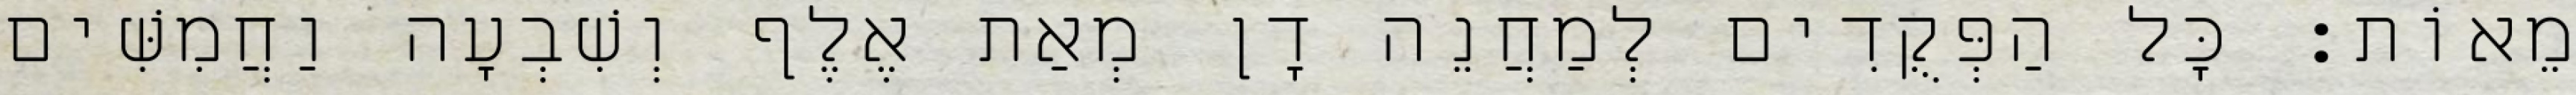
מֵאוֹת׃ כָּל הַפְּקֻדִים לְמַחֲנֵה דָן מְאַת אֶלֶף וְשִׁבְעָה וַחֲמִשִּׁים